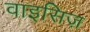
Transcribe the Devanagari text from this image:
वाइसिज़